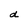
Character: d